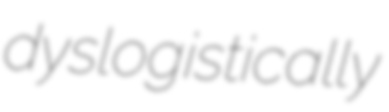
dyslogistically